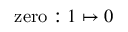
\mathrm { z e r o } : 1 \mapsto 0